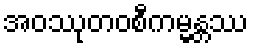
အဝဿုတဝစီကမ္မန္တဿ